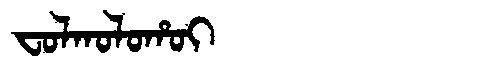
Manchu: ᠸᠣᠯᡴᠣᠯᠣᡥᠣᡳ
Romanization: FOLKOLOHOI